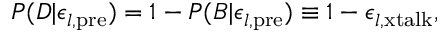
P ( D | \epsilon _ { l \mathrm { , p r e } } ) = 1 - P ( B | \epsilon _ { l \mathrm { , p r e } } ) \equiv 1 - \epsilon _ { l , \mathrm { x t a l k } } ,